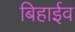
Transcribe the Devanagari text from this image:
बिहाईव